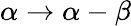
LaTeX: \alpha\to\alpha-\beta